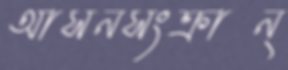
আসনসংক্রান্